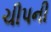
ચીપની